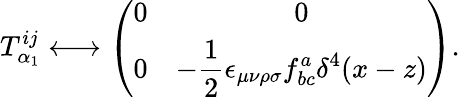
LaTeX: T_{\alpha_{1}}^{ij}\longleftrightarrow\left(\begin{array}{cc}{{0}}&{{0}}\\ {{0}}&{{{\displaystyle-\frac{1}{2}\epsilon_{\mu\nu\rho\sigma}f_{bc}^{a}\delta^{4}(x-z)}}}\end{array}\right).